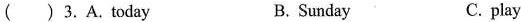
( )3.A.today B. Sunday C. play